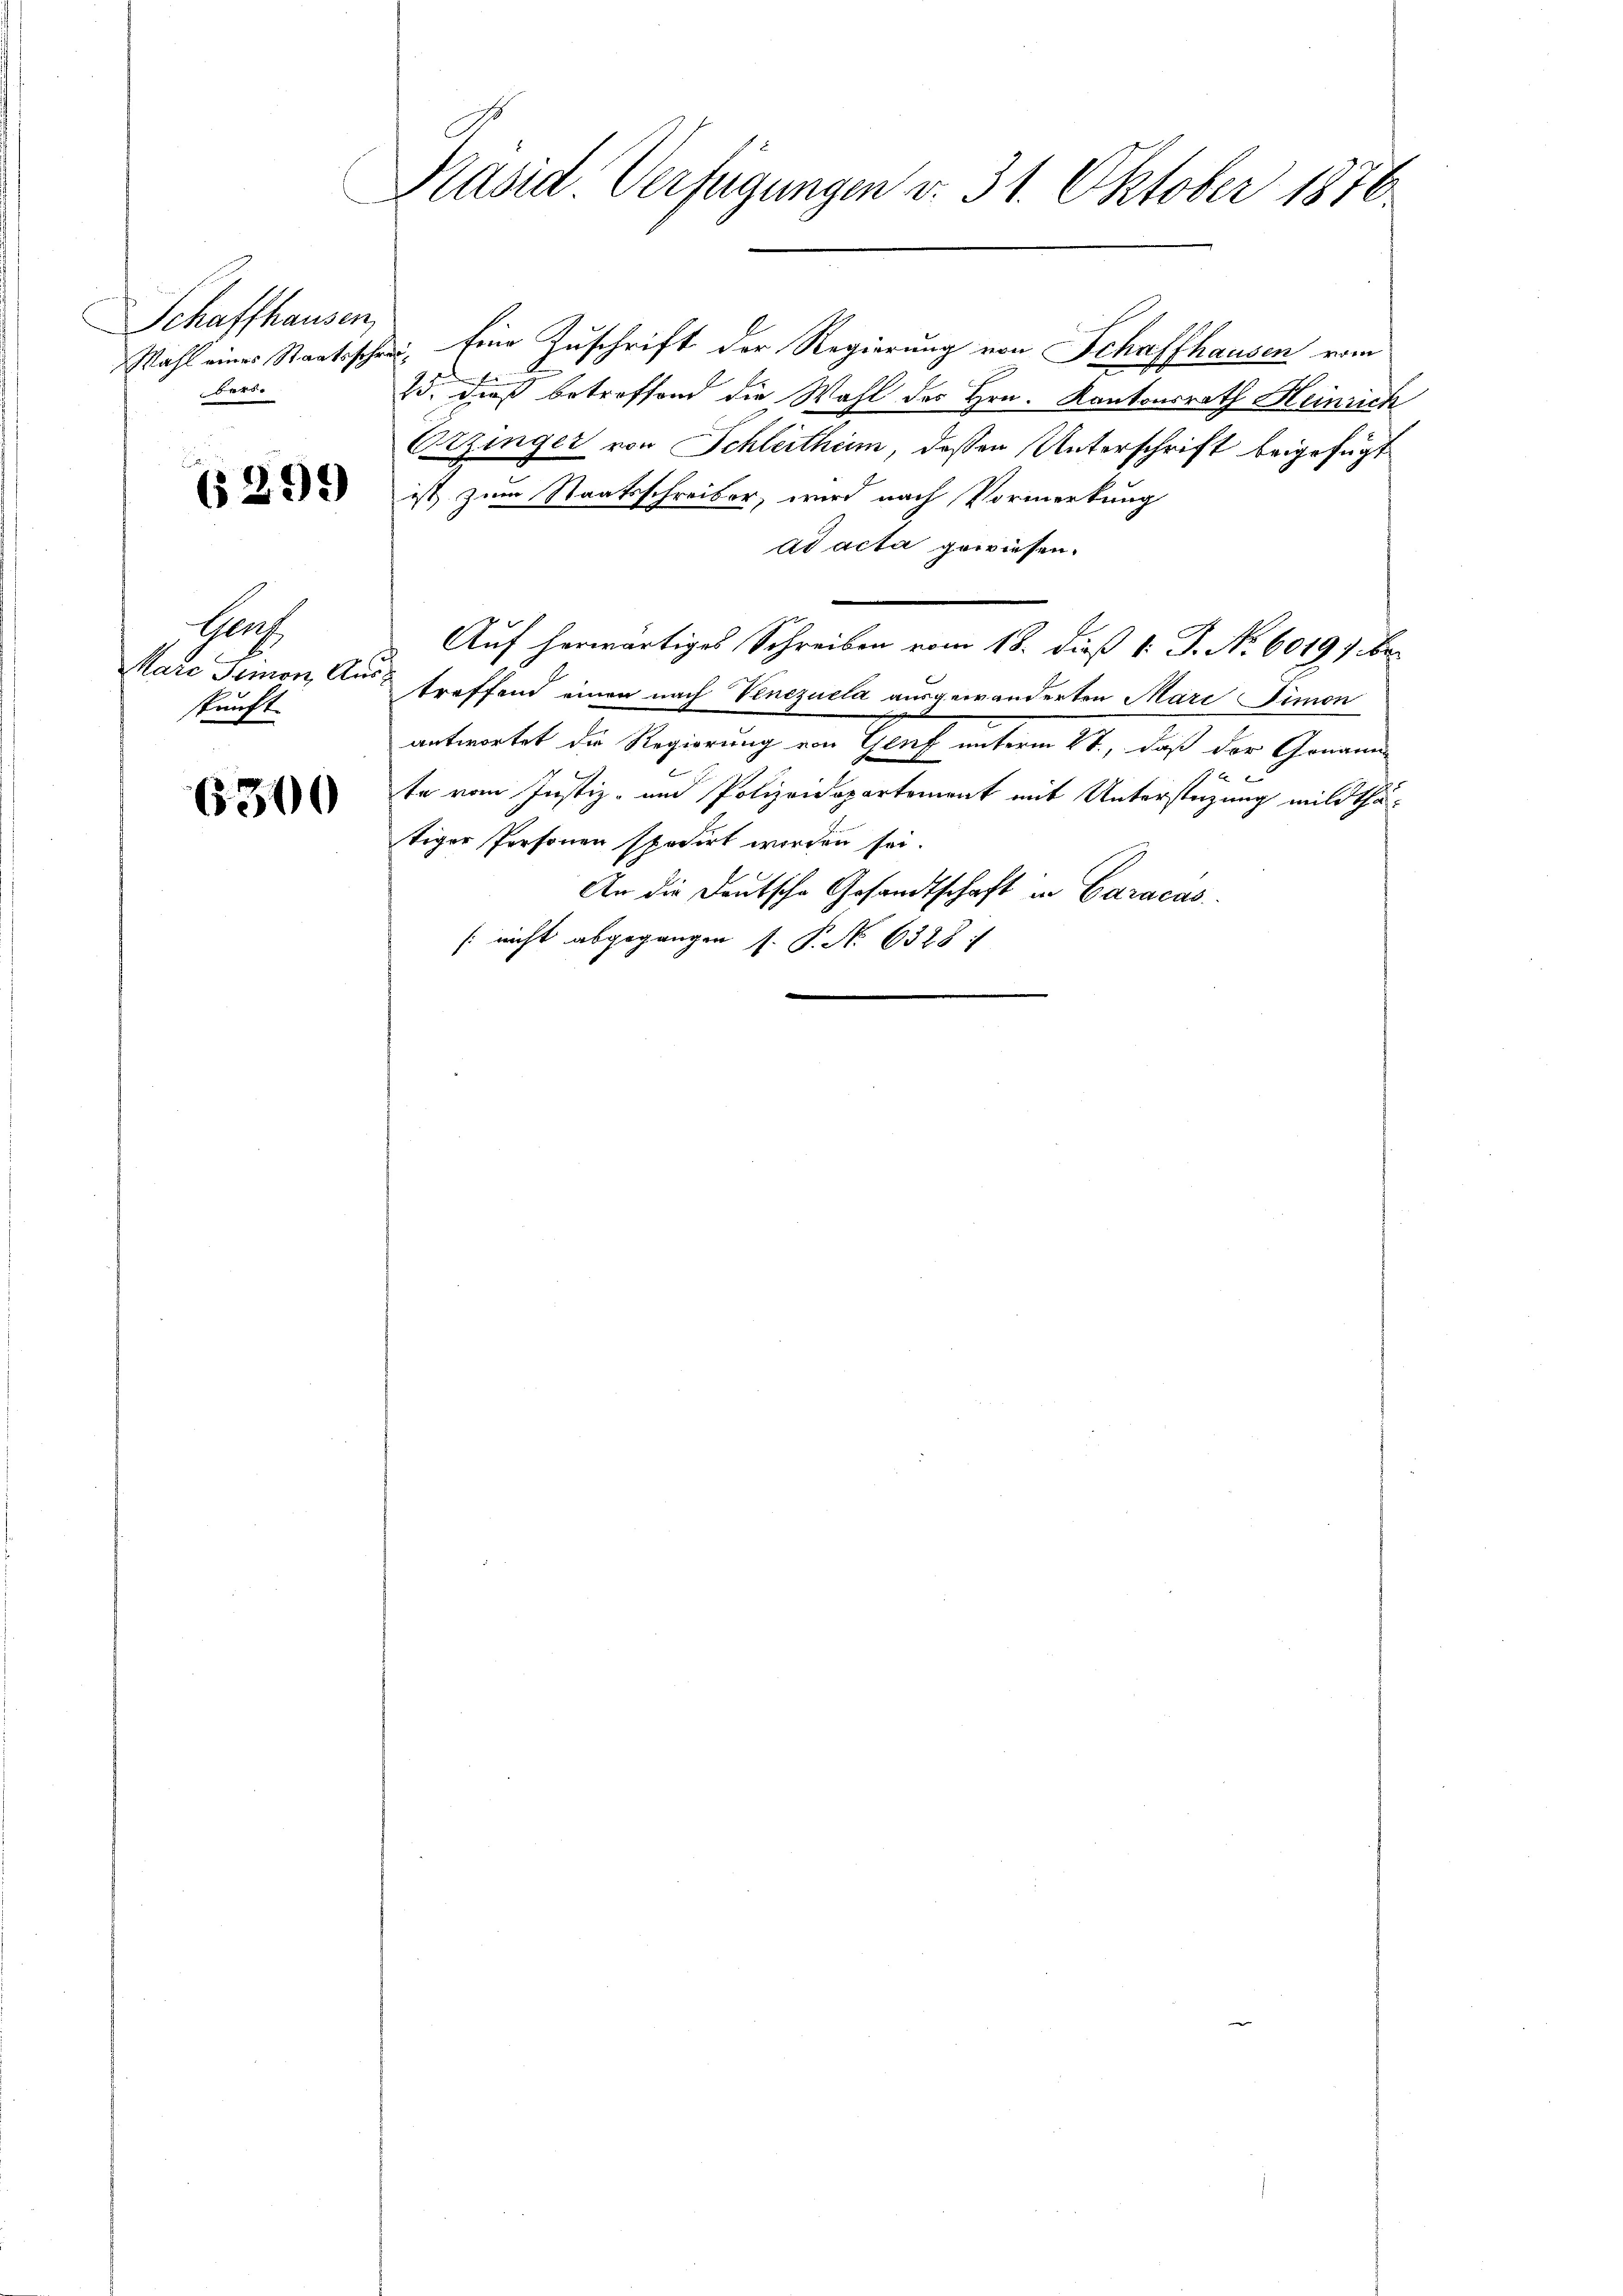
Schaffhausen,
bars.

6299)

Herh
skunft.

6300

Pasid. Verfügungen v. 31. Oktober 1876.

Wahl eines Staatsschen. Eine Zuschrift der Regierung von Schaffhausen vom
25. dieß betreffend die Wahl des Hrn. Kantonsrath Heinrich
Etzinger von Schleithum, deßen Unterschrift beigefügt
ist zum Staatsschreiber, wird nach Vormerkung
ad acta gewiesen.
Auf herwärtiges Schreiben vom 18. dieß v. J. No. 6019; be
Marc Simon Aus treffend einen nach Venezuela ausgewanderten Mari Simon
antwortet die Regierung von Genf unterm 2t., daß der Genann-
te vom Justiz- und Polizeidepartement mit Unterstüzung mildthätiger Personen spedirt worden sei.
An die Deutsche Gesandtschaft in Caracas
[nicht abgegangen J. P. No 6328